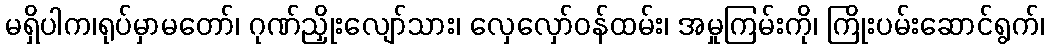
မရှိပါက၊ရုပ်မှာမတော်၊ ဂုဏ်ညှိုးလျော်သား၊ လှေလှော်ဝန်ထမ်း၊ အမှုကြမ်းကို၊ ကြိုးပမ်းဆောင်ရွက်၊